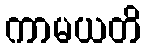
ကာမယတိ